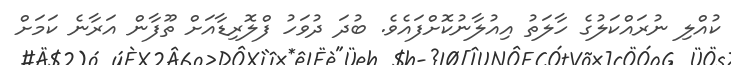
ކުއްލި ނުރައްކަލުގެ ހާލަތު އިއުލާނުކޮށްފައެވެ. ބުދަ ދުވަހު ފްލޮރިޑާއަށް ތޫފާން އަރާނެ ކަމަށް